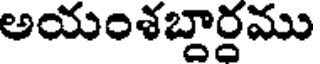
అయంశబ్దార్తము